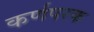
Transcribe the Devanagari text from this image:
कर्णपरक